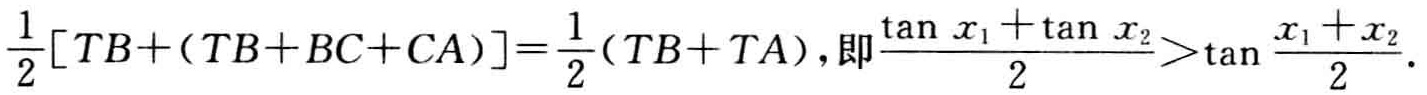
\(\frac{1}{2}[TB+(TB + BC + CA)]=\frac{1}{2}(TB + TA),即\frac{\tan x_{1}+\tan x_{2}}{2}>\tan\frac{x_{1}+x_{2}}{2}.\)